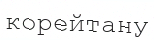
корейтану